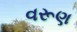
વરૂણ